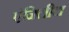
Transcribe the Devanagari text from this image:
एंजिलीटा